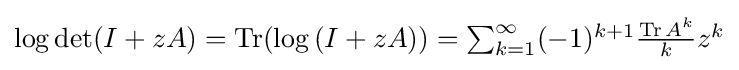
{\textstyle \log \det(I+zA)=\operatorname {Tr} (\log {(I+zA)})=\sum _{k=1}^{\infty }(-1)^{k+1}{\frac {\operatorname {Tr} A^{k}}{k}}z^{k}}